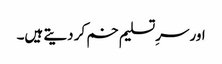
اور سرِتسلیم خم کر دیتے ہیں۔